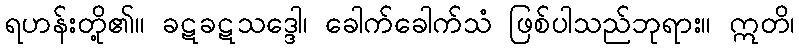
ရဟန်းတို့၏။ ခဋခဋသဒ္ဒေါ၊ ခေါက်ခေါက်သံ ဖြစ်ပါသည်ဘုရား။ ဣတိ၊